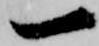
一